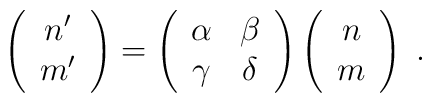
\left(\begin{array}{c}n^{\prime} \\m^{\prime} \\\end{array}\right)=\left(\begin{array}{cc}\alpha & \beta     \\\gamma & \delta    \\\end{array}\right)\left(\begin{array}{c}n  \\m  \\\end{array}\right)\; .